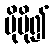
ပိုမို၍